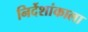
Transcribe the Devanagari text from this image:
निर्देशांकाला